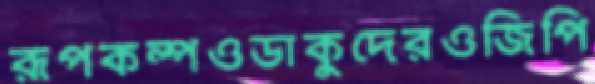
রূপকল্পওডাকুদেরওজিপি